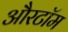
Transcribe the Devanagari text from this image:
औरटॉम